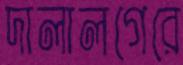
দালালগেরে